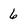
Character: 6